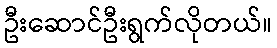
ဦးဆောင်ဦးရွက်လိုတယ်။